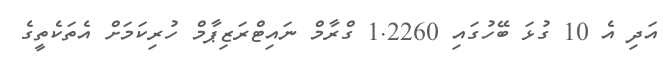
އަދި އެ 10 ގުޅަ ބޭހުގައި 1.2260 ގްރާމް ނައިޓްރަޒިޕާމް ހުރިކަމަށް އެތަކެތީގެ